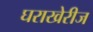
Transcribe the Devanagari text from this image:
घराखेरीज